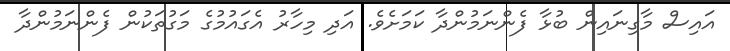
އައިސް މާގިނައިން ބުޅާ ފެންނަމުންދާ ކަމަށެވެ. އަދި މިހާރު އެގައުމުގެ މަގުތަކުން ފެންނަމުންދާ